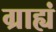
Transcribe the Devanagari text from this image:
ग्राह्यं